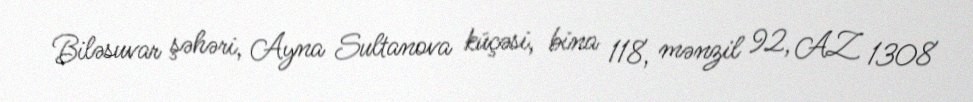
Biləsuvar şəhəri, Ayna Sultanova küçəsi, bina 118, mənzil 92, AZ 1308